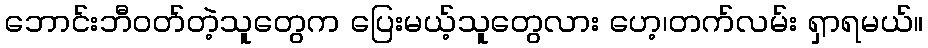
ဘောင်းဘီဝတ်တဲ့သူတွေက ပြေးမယ့်သူတွေလား ဟေ့၊တက်လမ်း ရှာရမယ်။